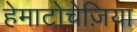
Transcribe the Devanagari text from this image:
हेमाटोचेज़िया